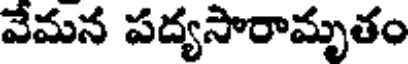
వేమన పద్యసారామృతం